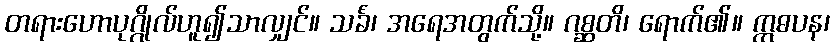
တရားဟောပုဂ္ဂိုလ်ဟူ၍သာလျှင်။ သင်္ခံ၊ အရေအတွက်သို့။ ဂစ္ဆတိ၊ ရောက်၏။ ဣဓပန၊